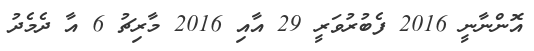
އޮންނާނީ 2016 ފެބުރުވަރީ 29 އާއި 2016 މާރިޗު 6 އާ ދެމެދު